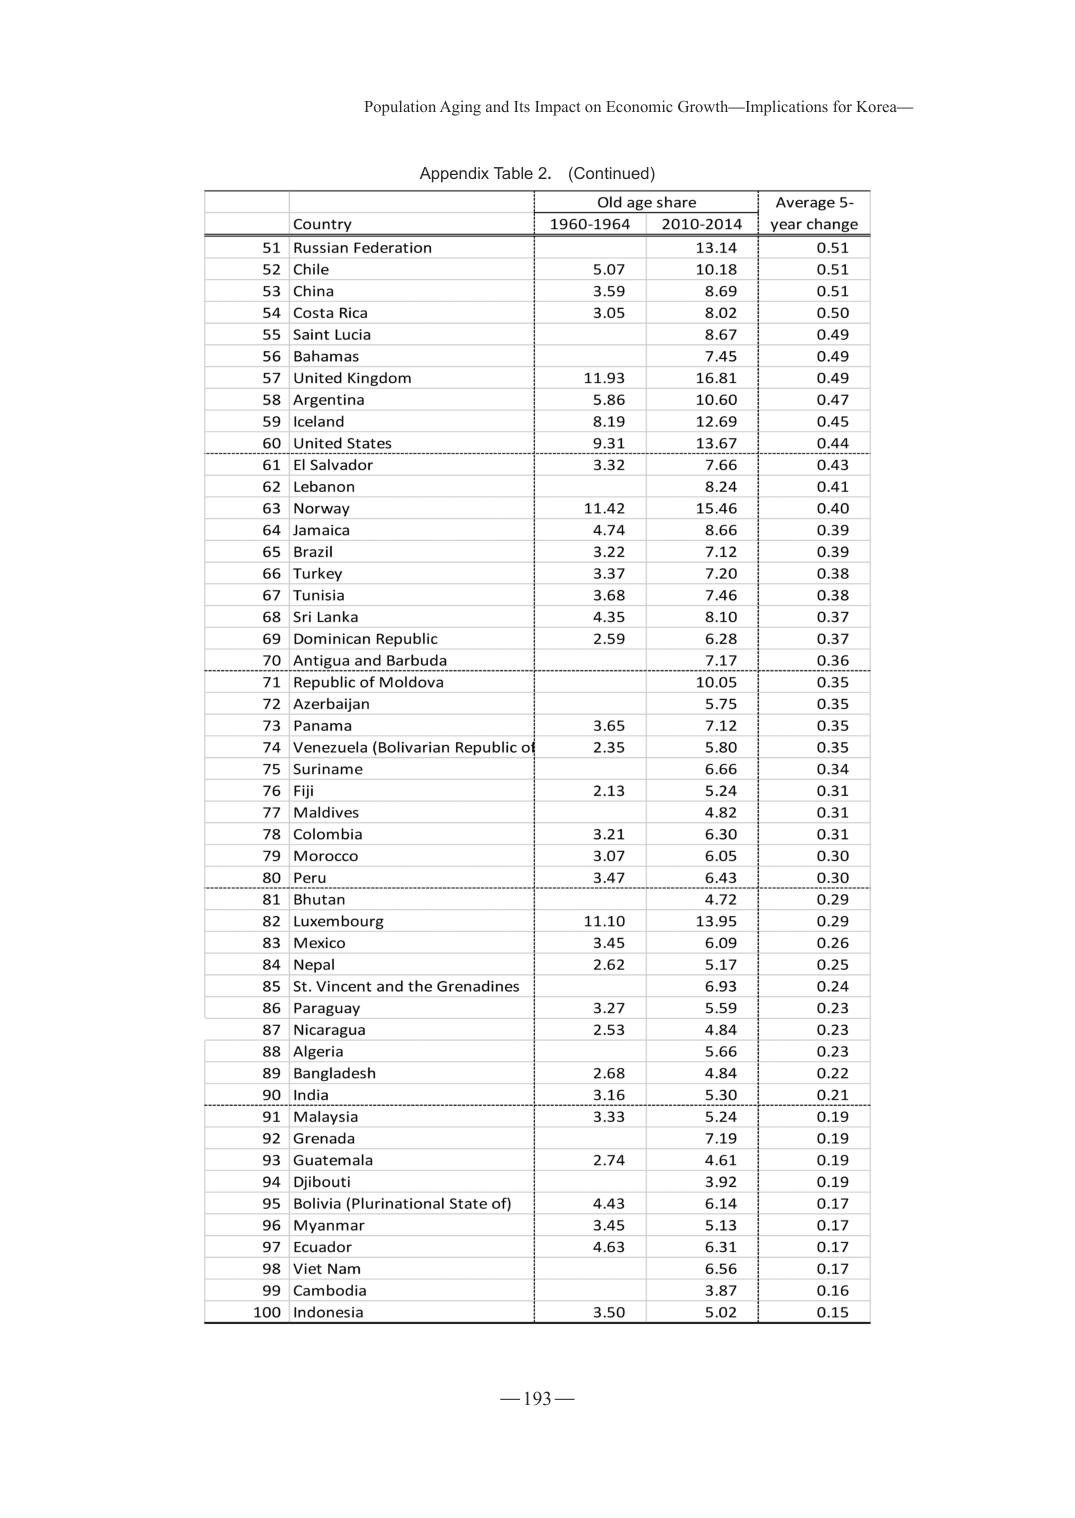
Population Aging and Its Impact on Economic Growth—Implications for Korea—

Appendix Table 2. (Continued)

| | | Old age share | | Average 5-year change |
|---|---|---|---|---|
| | Country | 1960-1964 | 2010-2014 | |
| 51 | Russian Federation | | 13.14 | 0.51 |
| 52 | Chile | 5.07 | 10.18 | 0.51 |
| 53 | China | 3.59 | 8.69 | 0.51 |
| 54 | Costa Rica | 3.05 | 8.02 | 0.50 |
| 55 | Saint Lucia | | 8.67 | 0.49 |
| 56 | Bahamas | | 7.45 | 0.49 |
| 57 | United Kingdom | 11.93 | 16.81 | 0.49 |
| 58 | Argentina | 5.86 | 10.60 | 0.47 |
| 59 | Iceland | 8.19 | 12.67 | 0.45 |
| 60 | United States | 9.31 | 13.67 | 0.44 |
| 61 | El Salvador | 3.32 | 7.66 | 0.43 |
| 62 | Lebanon | | 8.24 | 0.41 |
| 63 | Norway | 11.42 | 15.46 | 0.40 |
| 64 | Jamaica | 4.74 | 8.66 | 0.39 |
| 65 | Brazil | 3.22 | 7.12 | 0.39 |
| 66 | Turkey | 3.37 | 7.20 | 0.38 |
| 67 | Tunisia | 3.68 | 7.46 | 0.38 |
| 68 | Sri Lanka | 4.35 | 8.10 | 0.37 |
| 69 | Dominican Republic | 2.59 | 6.28 | 0.37 |
| 70 | Antigua and Barbuda | | 7.17 | 0.36 |
| 71 | Republic of Moldova | | 10.05 | 0.35 |
| 72 | Azerbaijan | | 5.75 | 0.35 |
| 73 | Panama | 3.65 | 7.12 | 0.35 |
| 74 | Venezuela (Bolivarian Republic of) | 2.35 | 5.80 | 0.35 |
| 75 | Suriname | | 6.66 | 0.34 |
| 76 | Fiji | 2.13 | 5.24 | 0.31 |
| 77 | Maldives | | 4.82 | 0.31 |
| 78 | Colombia | 3.21 | 6.30 | 0.31 |
| 79 | Morocco | 3.07 | 6.05 | 0.30 |
| 80 | Peru | 3.47 | 6.43 | 0.30 |
| 81 | Bhutan | | 4.72 | 0.29 |
| 82 | Luxembourg | 11.10 | 13.95 | 0.29 |
| 83 | Mexico | 3.45 | 6.09 | 0.26 |
| 84 | Nepal | 2.62 | 5.17 | 0.25 |
| 85 | St. Vincent and the Grenadines | | 6.93 | 0.24 |
| 86 | Paraguay | 3.27 | 5.59 | 0.23 |
| 87 | Nicaragua | 2.53 | 4.84 | 0.23 |
| 88 | Algeria | | 5.66 | 0.23 |
| 89 | Bangladesh | 2.68 | 4.84 | 0.22 |
| 90 | India | 3.16 | 5.30 | 0.21 |
| 91 | Malaysia | 3.33 | 5.24 | 0.19 |
| 92 | Grenada | | 7.19 | 0.19 |
| 93 | Guatemala | 2.74 | 4.61 | 0.19 |
| 94 | Djibouti | | 3.92 | 0.19 |
| 95 | Bolivia (Plurinational State of) | 4.43 | 6.14 | 0.17 |
| 96 | Myanmar | 3.45 | 5.13 | 0.17 |
| 97 | Ecuador | 4.63 | 6.31 | 0.17 |
| 98 | Viet Nam | | 6.56 | 0.17 |
| 99 | Cambodia | | 3.87 | 0.16 |
| 100 | Indonesia | 3.50 | 5.02 | 0.15 |

—193—